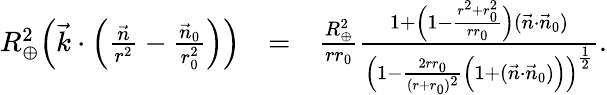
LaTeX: \begin{array}{rlr}{R_{\oplus}^{2}\Big(\vec{k}\cdot\Big(\frac{\vec{n}}{r^{2}}-\frac{\vec{n}_{0}}{r_{0}^{2}}\Big)\Big)}&{=}&{\frac{R_{\oplus}^{2}}{rr_{0}}\frac{1+\Big(1-\frac{r^{2}+r_{0}^{2}}{rr_{0}}\Big)(\vec{n}\cdot\vec{n}_{0})}{\Big(1-\frac{2rr_{0}}{(r+r_{0})^{2}}\Big(1+(\vec{n}\cdot\vec{n}_{0})\Big)\Big)^{\frac{1}{2}}}.}\end{array}